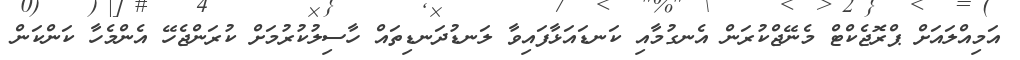
އަމިއްލައަށް ޕްރޮޖެކްޓް މެނޭޖްކުރަން އެނގުމާއި ކަނޑައަޅާފައިވާ ލަނޑުދަނޑިތައް ހާސިލުކުރުމަށް ކުރަންޖެހޭ އެންމެހާ ކަންކަން